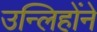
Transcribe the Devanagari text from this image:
उन्लिहोंने